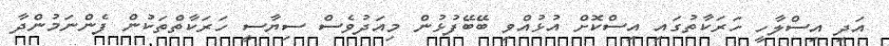
އަދި އިސްލާހީ ހަރަކާތުގައި އިސްކޮށް އުޅުއްވި ބޭބޭފުޅުން މިއަދުވެސް ސިޔާސީ ހަރަކާތްތަކުން ފެންނަމުންދާ